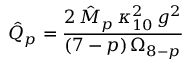
\hat { Q } _ { p } = \frac { 2 \, \hat { M } _ { p } \, \kappa _ { 1 0 } ^ { 2 } \, g ^ { 2 } } { ( 7 - p ) \, \Omega _ { 8 - p } }